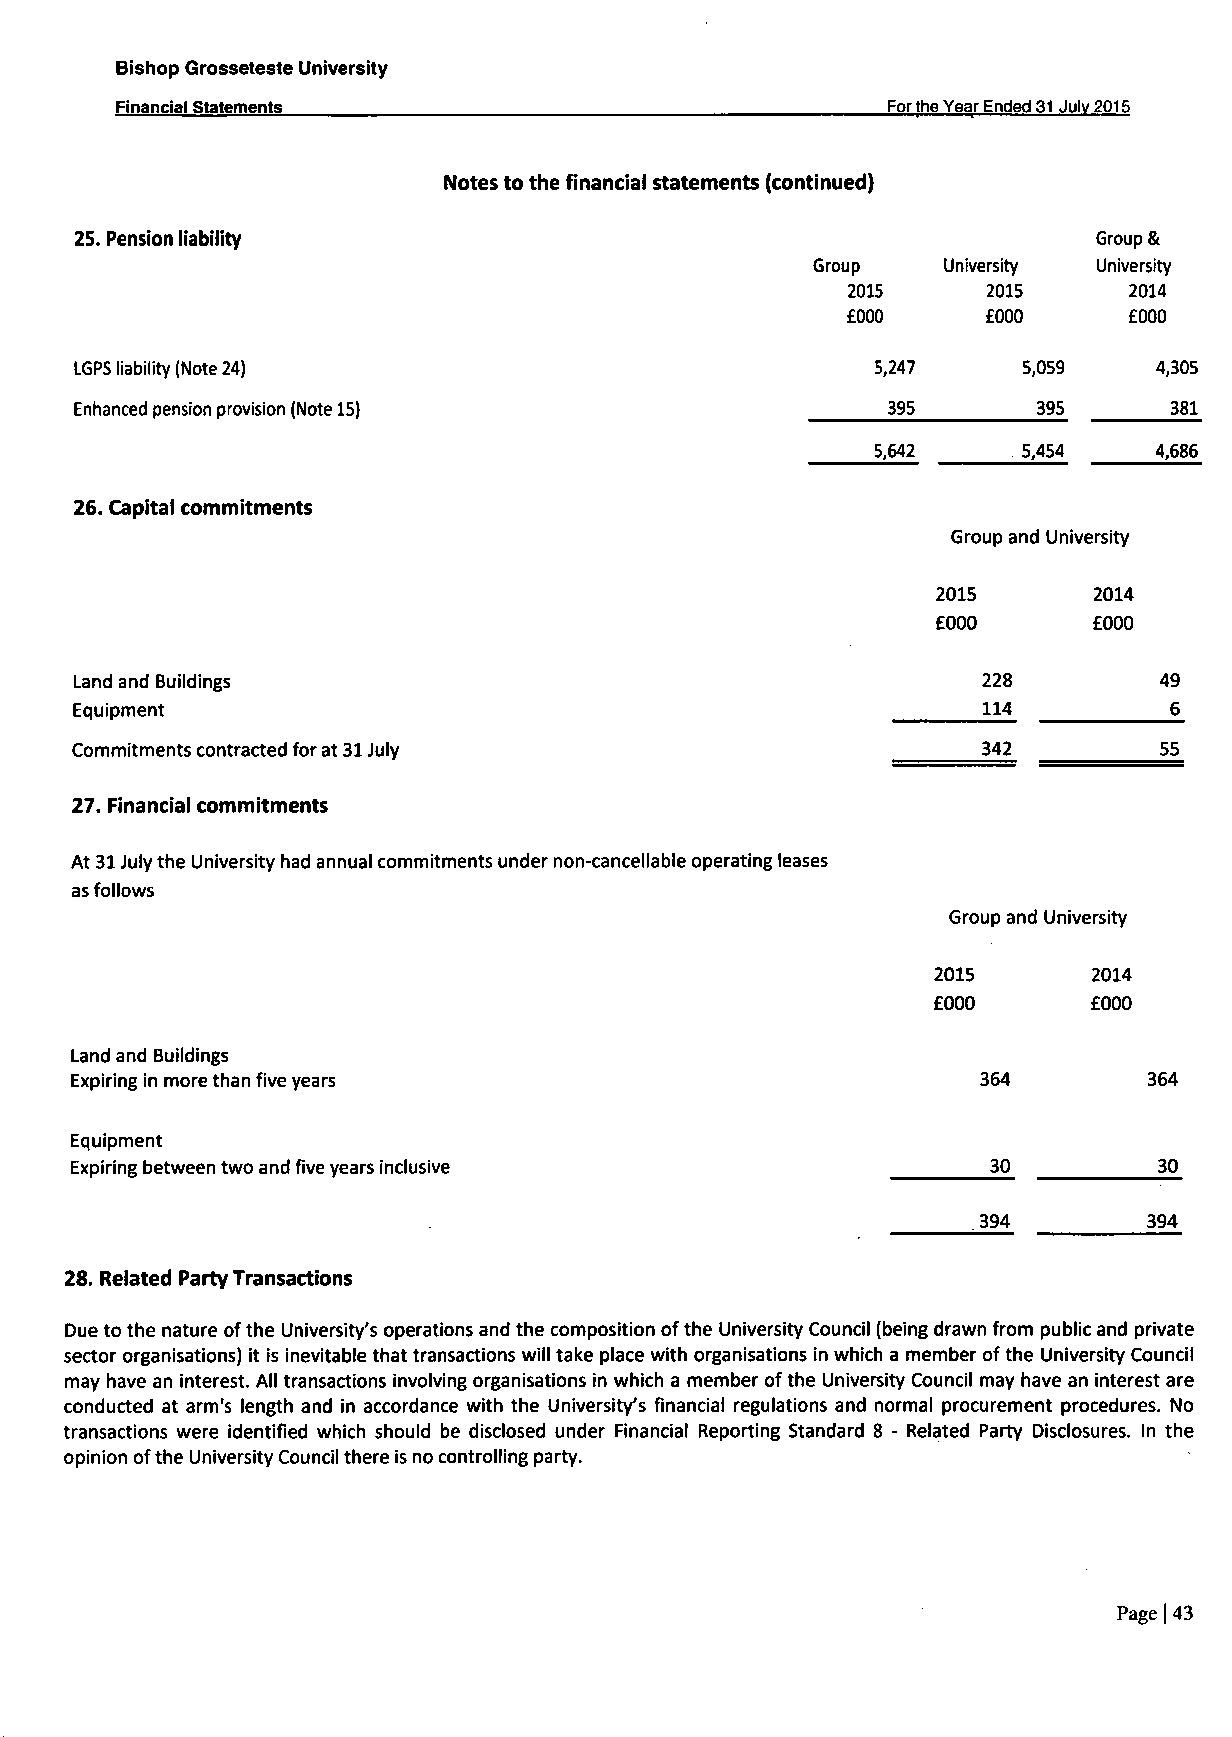
Bishop Grosseteste University
 Financial Statements                               For the Year Ended 31 Julv 2015
 Notes to the financial statements (continued)
 25. Pension liability                                               Group &
 Group   University University
 2015     2015      2014
 £000     £000      £000
 LGPS liability (Note 24)                             5,247     5,059    4,305
 Enhanced pension provision (Note 15)                  395       395     381
 5,642     5,454   4,686
 26. Capital commitments
 Group and University
 2015      2014
 £000      £000
 Land and Buildings                                          228         49
 Equipment                                                   114         6
 342         55
 Commitments contracted for at 31 July
 27. Financial commitments
 At 31 July the University had annual commitments under non-cancellable operating leases
 as follows
 Group and University
 2015      2014
 £000      £000
 Land and Buildings
 Expiring in more than five years                            364        364
 Equipment
 Expiring between two and five years inclusive                30         30
 394        394
 28. Related Party Transactions
 Due to the nature of the University's operations and the composition of the University Council (being drawn from public and private
 sector organisations) it is inevitable that transactions will take place with organisations in which a member of the University Council
 may have an interest. All transactions involving organisations in which a member of the University Council may have an interest are
 conducted at arm's length and in accordance with the University's financial regulations and normal procurement procedures. No
 transactions were identified which should be disclosed under Financial Reporting Standard 8 - Related Party Disclosures. In the
 opinion of the University Council there is no controlling party.
 Page | 43